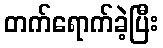
တက်ရောက်ခဲ့ပြီး